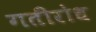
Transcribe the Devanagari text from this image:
गतीरोध